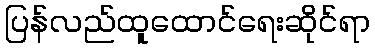
ပြန်လည်ထူထောင်ရေးဆိုင်ရာ